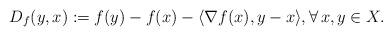
LaTeX: \begin{align*}D_f(y,x):=f(y)-f(x)-\langle\nabla f(x),y-x\rangle,\forall\, x,y\in X.\end{align*}